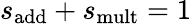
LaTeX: {s}_{\mathrm{add}}+{s}_{\mathrm{mult}}=1